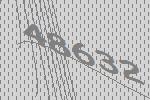
48632